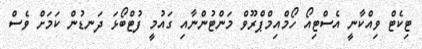
ޓިކެޓް ވިއްކާނީ އެސްޓިއޯ ހޯމްއިމްޕްރޫވް މަންޓުންނާއި ގައުމީ ފުޓްބޯޅަ ދަނޑުން ކަމަށް ވެސް